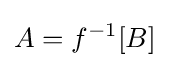
A=f^{-1}[B]